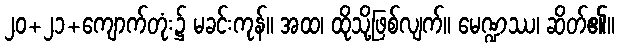
၂၀+၂၁+ကျောက်တုံး၌ မခင်းကုန်။ အထ၊ ထိုသို့ဖြစ်လျက်။ မေဏ္ဍဿ၊ ဆိတ်၏။